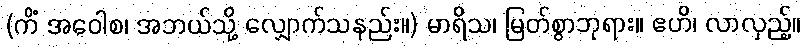
(ကိံ အဝေါစ၊ အဘယ်သို့ လျှောက်သနည်း။) မာရိသ၊ မြတ်စွာဘုရား။ ဧဟိ၊ လာလှည့်။